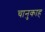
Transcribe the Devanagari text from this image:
चानुकाह